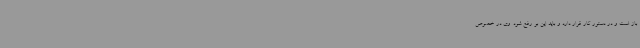
باز است و در دستور کار قرار دارد و باید این بو رفع شود. وی در خصوص